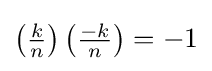
\left({\tfrac {k}{n}}\right)\left({\tfrac {-k}{n}}\right)=-1